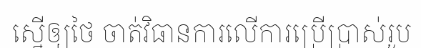
ស្នើឲ្យថៃ ចាត់វិធានការលើការប្រើប្រាស់រូប